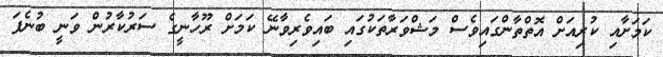
ކަމަށާއި ކުރިއަށް އޮތްތާންގައިވެސް މަޝްވަރާތަކުގައި ބައިވެރިވާނޭ ކަމަށް ރޫހާނީގެ ސަރުކާރުން ވަނީ ބުނެފަ